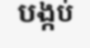
បង្កប់